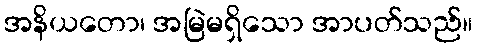
အနိယတော၊ အမြဲမရှိသော အာပတ်သည်။